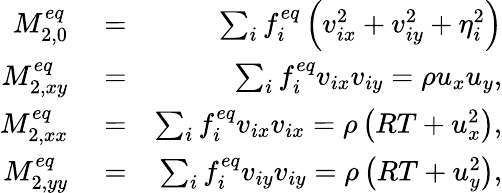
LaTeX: \begin{array}{rlr}{M_{2,0}^{eq}}&{{}=}&{\sum_{i}{f_{i}^{eq}\left({v_{ix}^{2}+v_{iy}^{2}+\eta_{i}^{2}}\right)}}\\ {M_{2,xy}^{eq}}&{{}=}&{\sum_{i}{f_{i}^{eq}{v_{ix}}{v_{iy}}}=\rho{u_{x}}{u_{y}},}\\ {M_{2,xx}^{eq}}&{{}=}&{\sum_{i}{f_{i}^{eq}{v_{ix}}{v_{ix}}}=\rho\left({RT+u_{x}^{2}}\right),}\\ {M_{2,yy}^{eq}}&{{}=}&{\sum_{i}{f_{i}^{eq}{v_{iy}}{v_{iy}}}=\rho\left({RT+u_{y}^{2}}\right),}\end{array}